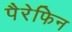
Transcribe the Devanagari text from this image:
पैरेफिन